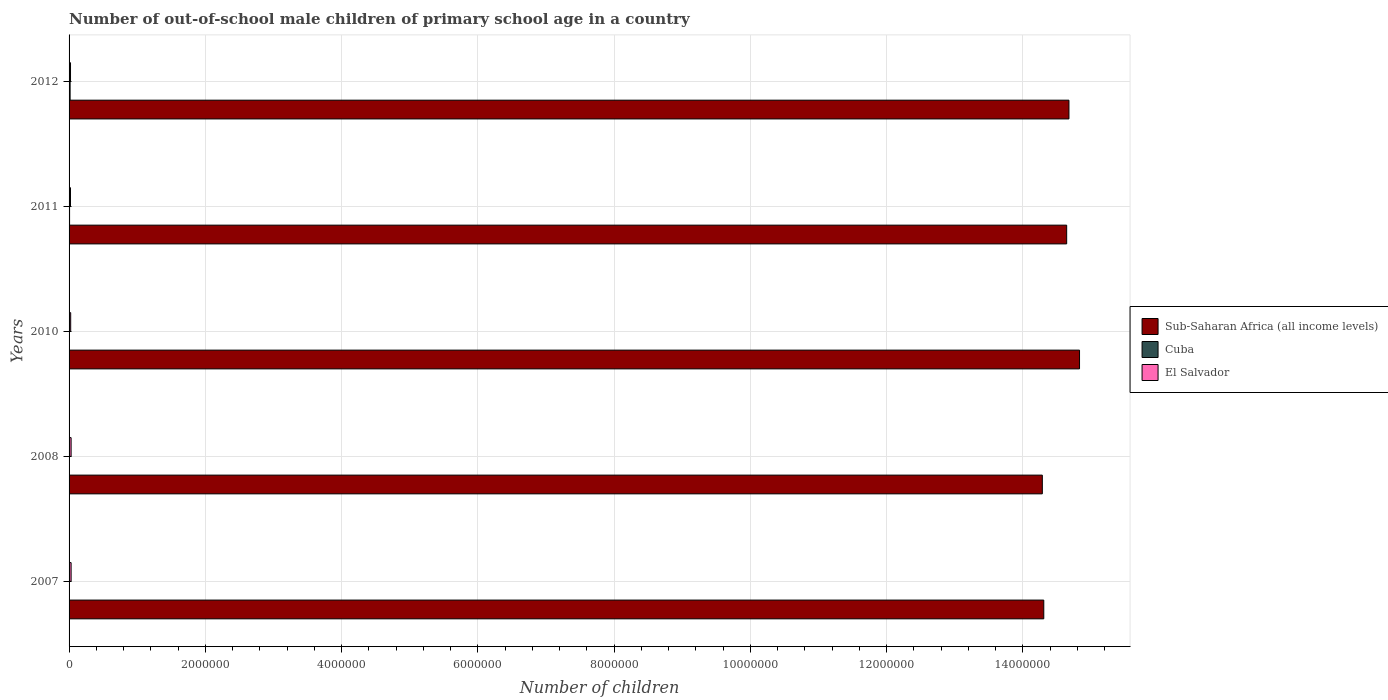
| Years | Sub-Saharan Africa (all income levels) | Cuba | El Salvador |
 | --- | --- | --- | --- |
 | 2007 | 1.43e+07 | 3.36e+03 | 3e+04 |
 | 2008 | 1.43e+07 | 1.19e+03 | 3e+04 |
 | 2010 | 1.48e+07 | 10 | 2.36e+04 |
 | 2011 | 1.46e+07 | 7.51e+03 | 2.07e+04 |
 | 2012 | 1.47e+07 | 1.51e+04 | 2.13e+04 |